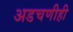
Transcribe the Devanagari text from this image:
अडचणीही